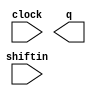
// megafunction wizard: %LPM_SHIFTREG%VBB%
// GENERATION: STANDARD
// VERSION: WM1.0
// MODULE: LPM_SHIFTREG 

// ============================================================
// Megafunction Name(s):
// 			LPM_SHIFTREG
//
// Simulation Library Files(s):
// 			lpm
// ============================================================
// ************************************************************
// THIS IS A WIZARD-GENERATED FILE. DO NOT EDIT THIS FILE!
//
// 17.1.0 Build 590 10/25/2017 SJ Lite Edition
// ************************************************************

//Copyright (C) 2017  Intel Corporation. All rights reserved.
//Your use of Intel Corporation's design tools, logic functions 
//and other software and tools, and its AMPP partner logic 
//functions, and any output files from any of the foregoing 
//(including device programming or simulation files), and any 
//associated documentation or information are expressly subject 
//to the terms and conditions of the Intel Program License 
//Subscription Agreement, the Intel Quartus Prime License Agreement,
//the Intel FPGA IP License Agreement, or other applicable license
//agreement, including, without limitation, that your use is for
//the sole purpose of programming logic devices manufactured by
//Intel and sold by Intel or its authorized distributors.  Please
//refer to the applicable agreement for further details.

module LPM_SHIFTREG_inst (
	clock,
	shiftin,
	q);

	input	  clock;
	input	  shiftin;
	output	[7:0]  q;

endmodule

// ============================================================
// CNX file retrieval info
// ============================================================
// Retrieval info: PRIVATE: ACLR NUMERIC "0"
// Retrieval info: PRIVATE: ALOAD NUMERIC "0"
// Retrieval info: PRIVATE: ASET NUMERIC "0"
// Retrieval info: PRIVATE: ASET_ALL1 NUMERIC "1"
// Retrieval info: PRIVATE: CLK_EN NUMERIC "0"
// Retrieval info: PRIVATE: INTENDED_DEVICE_FAMILY STRING "MAX 10"
// Retrieval info: PRIVATE: LeftShift NUMERIC "1"
// Retrieval info: PRIVATE: ParallelDataInput NUMERIC "0"
// Retrieval info: PRIVATE: Q_OUT NUMERIC "1"
// Retrieval info: PRIVATE: SCLR NUMERIC "0"
// Retrieval info: PRIVATE: SLOAD NUMERIC "0"
// Retrieval info: PRIVATE: SSET NUMERIC "0"
// Retrieval info: PRIVATE: SSET_ALL1 NUMERIC "1"
// Retrieval info: PRIVATE: SYNTH_WRAPPER_GEN_POSTFIX STRING "0"
// Retrieval info: PRIVATE: SerialShiftInput NUMERIC "1"
// Retrieval info: PRIVATE: SerialShiftOutput NUMERIC "0"
// Retrieval info: PRIVATE: nBit NUMERIC "8"
// Retrieval info: PRIVATE: new_diagram STRING "1"
// Retrieval info: LIBRARY: lpm lpm.lpm_components.all
// Retrieval info: CONSTANT: LPM_DIRECTION STRING "LEFT"
// Retrieval info: CONSTANT: LPM_TYPE STRING "LPM_SHIFTREG"
// Retrieval info: CONSTANT: LPM_WIDTH NUMERIC "8"
// Retrieval info: USED_PORT: clock 0 0 0 0 INPUT NODEFVAL "clock"
// Retrieval info: USED_PORT: q 0 0 8 0 OUTPUT NODEFVAL "q[7..0]"
// Retrieval info: USED_PORT: shiftin 0 0 0 0 INPUT NODEFVAL "shiftin"
// Retrieval info: CONNECT: @clock 0 0 0 0 clock 0 0 0 0
// Retrieval info: CONNECT: @shiftin 0 0 0 0 shiftin 0 0 0 0
// Retrieval info: CONNECT: q 0 0 8 0 @q 0 0 8 0
// Retrieval info: GEN_FILE: TYPE_NORMAL LPM_SHIFTREG_inst.v TRUE
// Retrieval info: GEN_FILE: TYPE_NORMAL LPM_SHIFTREG_inst.inc FALSE
// Retrieval info: GEN_FILE: TYPE_NORMAL LPM_SHIFTREG_inst.cmp FALSE
// Retrieval info: GEN_FILE: TYPE_NORMAL LPM_SHIFTREG_inst.bsf FALSE
// Retrieval info: GEN_FILE: TYPE_NORMAL LPM_SHIFTREG_inst_inst.v FALSE
// Retrieval info: GEN_FILE: TYPE_NORMAL LPM_SHIFTREG_inst_bb.v TRUE
// Retrieval info: LIB_FILE: lpm